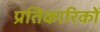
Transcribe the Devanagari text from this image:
प्रतिकारिकों